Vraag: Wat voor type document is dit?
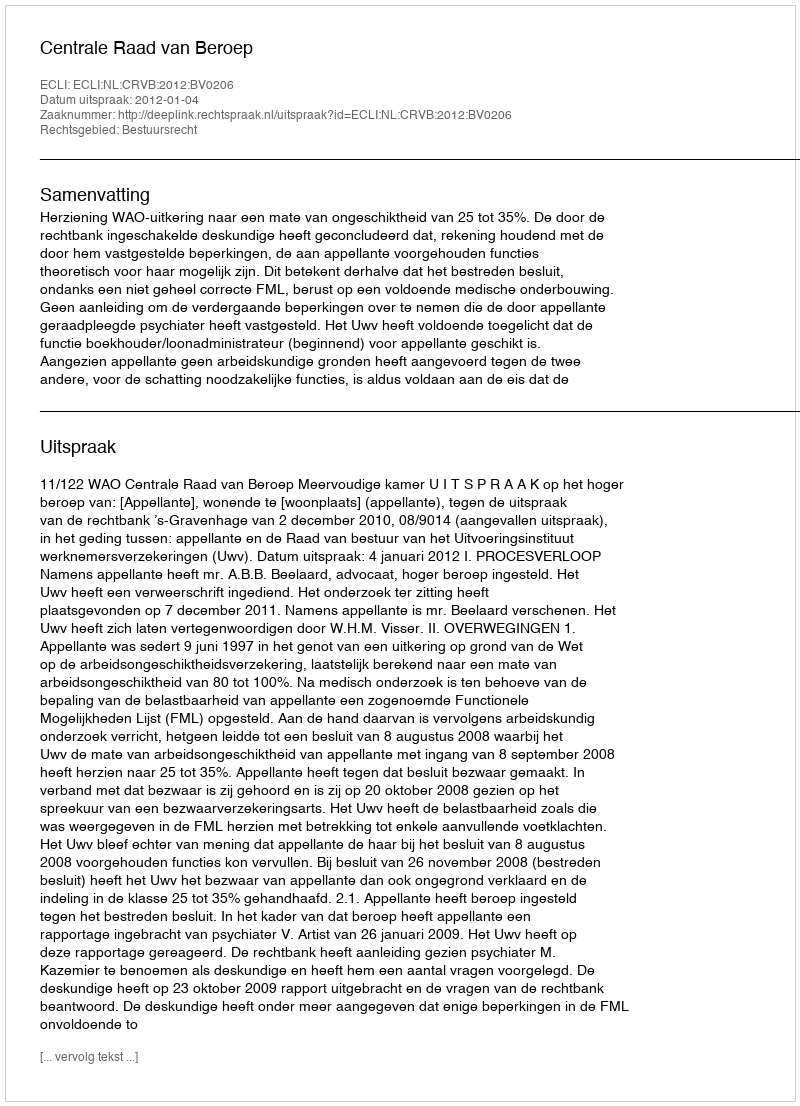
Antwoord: Uitspraak